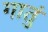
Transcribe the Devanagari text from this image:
गातुं